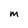
Character: M